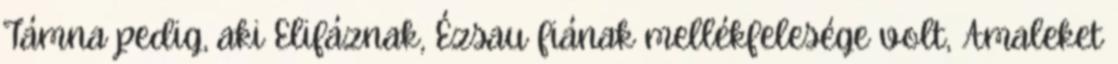
Támna pedig, aki Elifáznak, Ézsau fiának mellékfelesége volt, Amaleket